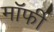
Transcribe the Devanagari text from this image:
मॉर्फी